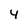
Character: 4